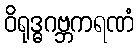
ဝိရုဒ္ဓဂဗ္ဘကရဏံ